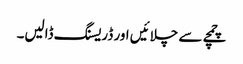
چمچے سے چلائیں اور ڈریسنگ ڈالیں۔